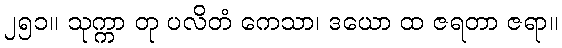
၂၅၁။ သုက္ကာ တု ပလိတံ ကေသာ၊ ဒယော ထ ဇရတာ ဇရာ။